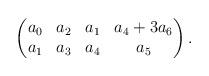
LaTeX: \begin{align*} \begin{pmatrix}a_0&a_2&a_1&a_4+3a_6\\ a_1&a_3&a_4&a_5 \end{pmatrix}. \end{align*}